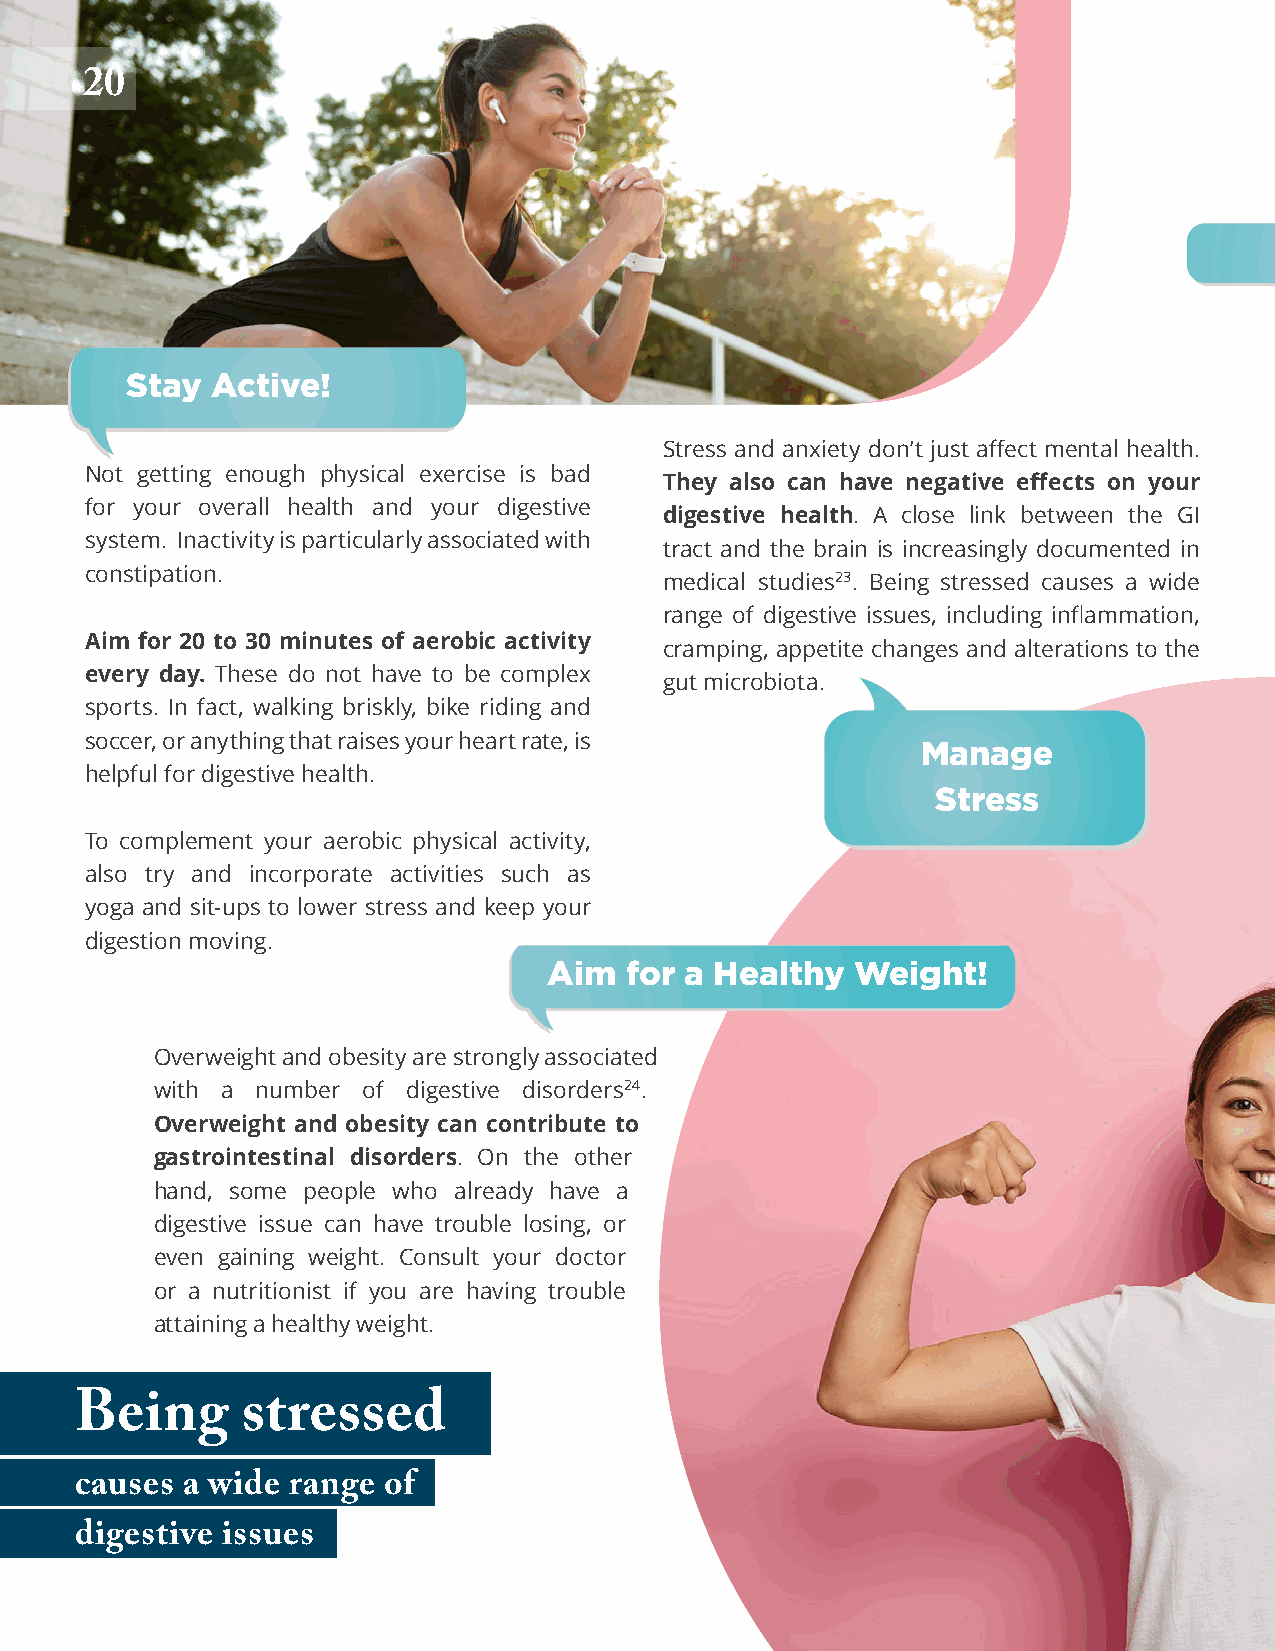
Pan-American Life Insurance Group
 2200
 Stay  Active!
 Stress and anxiety don’t just affect mental health.
 Not getting enough physical exercise is bad
 They also can have negative effects on your
 for your overall health and your digestive
 digestive health. A close link between the GI
 system. Inactivity is particularly associated with
 tract and the brain is increasingly documented in
 constipation.                         medical studies23. Being stressed causes a wide
 range of digestive issues, including inflammation,
 Aim for 20 to 30 minutes of aerobic activity
 cramping, appetite changes and alterations to the
 every day. These do not have to be complex
 gut microbiota.
 sports. In fact, walking briskly, bike riding and
 soccer, or anything that raises your heart rate, is    Manage
 helpful for digestive health.
 Stress
 To complement your aerobic physical activity,
 also try and incorporate activities such as
 yoga and sit-ups to lower stress and keep your
 digestion moving.
 Aim  for a Healthy   Weight!
 Overweight and obesity are strongly associated
 with a number of digestive disorders24.
 Overweight and obesity can contribute to
 gastrointestinal disorders. On the other
 hand, some people who already have a
 digestive issue can have trouble losing, or
 even gaining weight. Consult your doctor
 or a nutritionist if you are having trouble
 attaining a healthy weight.
 Being      stressed
 causes a wide range of
 digestive issues